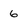
Character: 6